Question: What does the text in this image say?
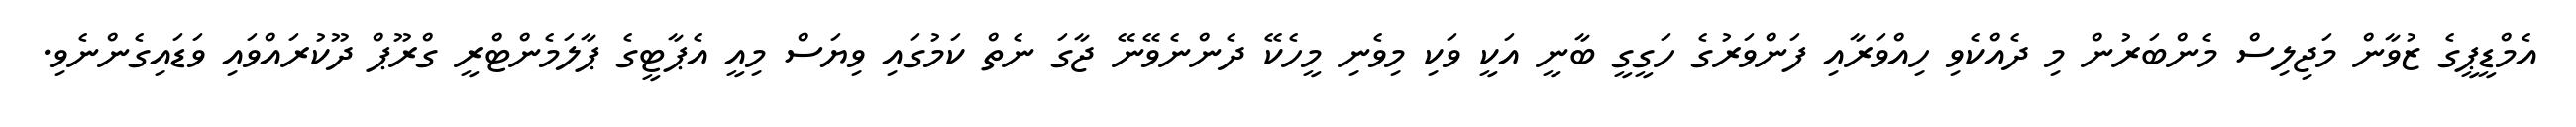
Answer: އެމްޑީޕީގެ ޒުވާން މަޖިލިސް މެންބަރުން މި ދެއްކެވި ހިއްވަރާއި ފަންވަރުގެ ހަގީގީ ބާނީ އަކީ ވަކި މިވެނި މީހެކޭ ދެންނެވޭނޭ ޖާގަ ނެތް ކަމުގައި ވިޔަސް މިއީ އެޕާޓީގެ ޕާލަމެންޓްރީ ގްރޫޕް ދޫކުރައްވައި ވަޑައިގެންނެވި.